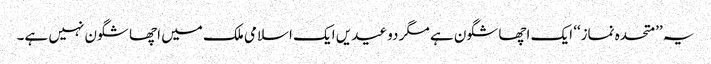
یہ ’’متحدہ نماز‘‘ ایک اچھا شگون ہے مگر دو عیدیں ایک اسلامی ملک میں اچھا شگون نہیں ہے۔